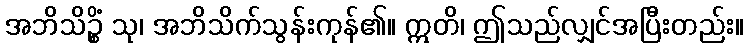
အဘိသိဉ္စိံ သု၊ အဘိသိက်သွန်းကုန်၏။ ဣတိ၊ ဤသည်လျှင်အပြီးတည်း။